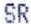
SR